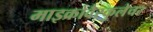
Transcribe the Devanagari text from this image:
माइक्रोवैस्कुलेचर